Indian journal of veterinary science and animal husbandry - Volumes 15-17, 1948-1951
Year: 1948
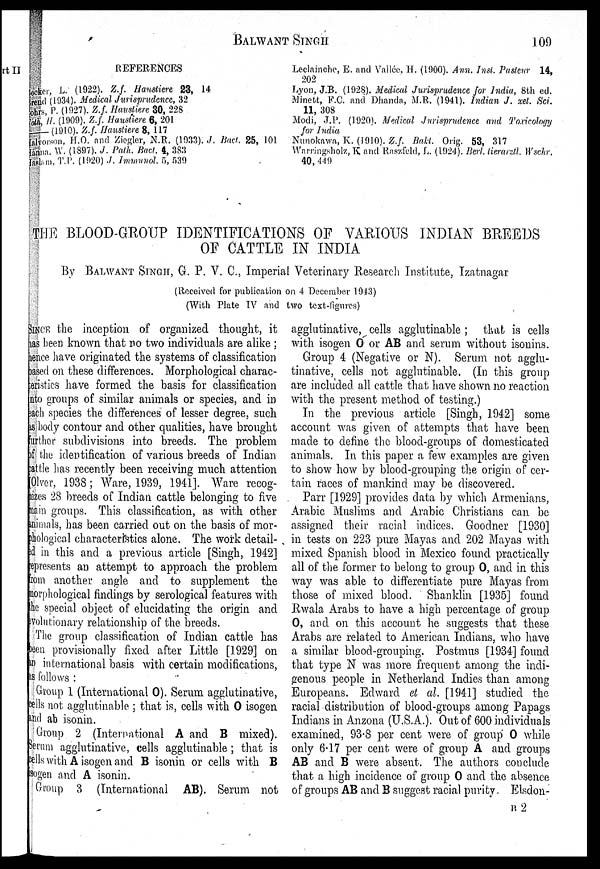
BALWANT SINGH 109
REFERENCES
ker, L. (1922). Z.f. Hanstiere 23, 14
Brend (1934). Medical Jurisprudence, 32
ohrs, P. (1927). Z.f. Havstiere 30, 228
oth, H. (1900). Z.f. Haustiere 6, 201
—(1910). Z.f. Haustiere 8, 117
Iaboison, H.O. and Ziegler, N.R. (1933). J. Bact. 25, 101
Ianna. W. (1897). J. Path. Bact. 4, 383
Iaslam T.P. (1920) J. Immunol. 5, 539
Leclainche, E. and Vallée. H. (1900). Ann. Inst. Pasteur 14,
202
Lyon, J.B. (1928). Medical Jurisprudence for India, 8th ed.
Minett, F.C. and Dhanda, M.R. (1941). Indian J. xet. Sci.
11, 308
Modi, J.P. (1920). Medical Jurisprudence and Toxicology
for India
Numokawa, K. (1910). Z.f. Bakt. Orig. 53, 317
Warringsholz, K and Raszfeld, L. (1924). Berl, tierarztl. Wschr.
40, 449
THE BLOOD-GROUP IDENTIFICATIONS OF VARIOUS INDIAN BREEDS
OF CATTLE IN INDIA
By BALWANT SINGH, G. P. V. C., Imperial Veterinary Research Institute, Izatnagar
(Received for publication on 4 December 1943)
(With Plate IV and two text-figures)
SINCE the inception of organized thought, it
has been known that no two individuals are alike;
hence have originated the systems of classification
based on these differences. Morphological charac-
teristics have formed the basis for classification
into groups of similar animals or species, and in
each species the differences of lesser degree, such
as body contour and other qualities, have brought
further subdivisions into breeds. The problem
of the identification of various breeds of Indian
cattle has recently been receiving much attention
[Olver, 1938; Ware, 1939, 1941]. Ware recog-
nizes 28 breeds of Indian cattle belonging to five
main groups. This classification, as with other
animals, has been carried out on the basis of mor-
phological characteristics alone. The work detail-
ed in this and a previous article [Singh, 1942]
represents an attempt to approach the problem
from another angle and to supplement the
morphological findings by serological features with
the special object of elucidating the origin and
evolutionary relationship of the breeds.
The group classification of Indian cattle has
been provisionally fixed after Little [1929] on
an international basis with certain modifications,
as follows:
Group 1 (International O). Serum agglutinative,
cells not agglutinable ; that is, cells with O isogen
and ab isonin.
Group 2 (International A and B mixed).
Serum agglutinative, cells agglutinable; that is
cells with A isogen and B isonin or cells with B
sogen and A isonin.
Group 3 (International AB). Serum not
agglutinative, cells agglutinable ; that is cells
with isogen O or AB and serum without isouins.
Group 4 (Negative or N). Serum not agglu-
tinative, cells not agglutinable. (In this group
are included all cattle that have shown no reaction
with the present method of testing.)
In the previous article [Singh, 1942] some
account was given of attempts that have been
made to define the blood-groups of domesticated
animals. In this paper a few examples are given
to show how by blood-grouping the origin of cer-
tain races of mankind may be discovered.
Parr [1929] provides data by which Armenians,
Arabic Muslims and Arabic Christians can be
assigned their racial indices. Goodner [1930]
in tests on 223 pure Mayas and 202 Mayas with
mixed Spanish blood in Mexico found practically
all of the former to belong to group O, and in this
way was able to differentiate pure Mayas from
those of mixed blood. Shanklin [1935] found
Rwala Arabs to have a high percentage of group
O, and on this account he suggests that these
Arabs are related to American Indians, who have
a similar blood-grouping. Postmus [1934] found
that type N was more frequent among the indi-
genous people in Netherland Indies than among
Europeans. Edward et al. [1941] studied the
racial distribution of blood-groups among Papags
Indians in Anzona (U.S.A.). Out of 600 individuals
examined, 93.8 per cent were of group O while
only 6.17 per cent were of group A and groups
AB and B were absent. The authors conclude
that a high incidence of group O and the absence
of groups AB and B suggest racial purity Elsdon-
B 2